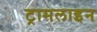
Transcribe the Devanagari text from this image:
ट्रामलाइन